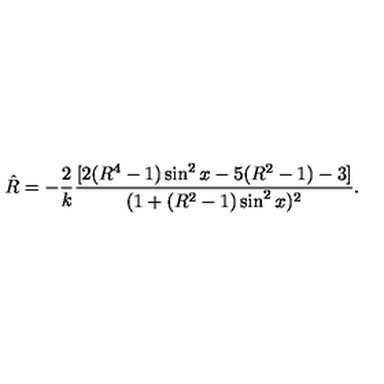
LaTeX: { \hat { R } } = - { \frac { 2 } { k } } { \frac { [ 2 ( R ^ { 4 } - 1 ) \sin ^ { 2 } x - 5 ( R ^ { 2 } - 1 ) - 3 ] } { ( 1 + ( R ^ { 2 } - 1 ) \sin ^ { 2 } x ) ^ { 2 } } } .